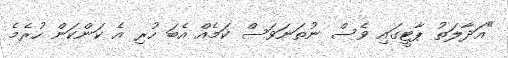
"އަދާލަތު ޕާޓީގައި ވެސް ނުތަނަވަސް ކަމެއް އެބަ ހުރި އެ ކަންކަން ހުރެމެ